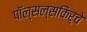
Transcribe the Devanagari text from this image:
पॉल्सल्सकिर्चे